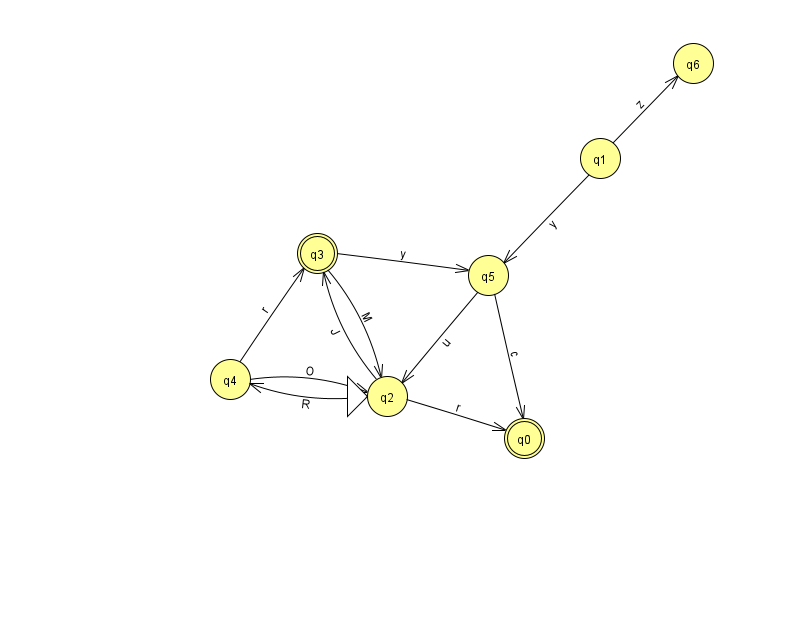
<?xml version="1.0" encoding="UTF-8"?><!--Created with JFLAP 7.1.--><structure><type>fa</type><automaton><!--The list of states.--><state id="0" name="q0"><x>524.0</x><y>425.0</y><final/></state><state id="1" name="q1"><x>600.0</x><y>145.0</y></state><state id="2" name="q2"><x>387.0</x><y>383.0</y><initial/></state><state id="3" name="q3"><x>317.0</x><y>240.0</y><final/></state><state id="4" name="q4"><x>230.0</x><y>366.0</y></state><state id="5" name="q5"><x>488.0</x><y>262.0</y></state><state id="6" name="q6"><x>693.0</x><y>50.0</y></state><!--The list of transitions.--><transition><from>4</from><to>3</to><read>r</read></transition><transition><from>2</from><to>4</to><read>R</read></transition><transition><from>3</from><to>5</to><read>y</read></transition><transition><from>2</from><to>0</to><read>r</read></transition><transition><from>2</from><to>3</to><read>J</read></transition><transition><from>3</from><to>2</to><read>M</read></transition><transition><from>1</from><to>6</to><read>z</read></transition><transition><from>5</from><to>0</to><read>c</read></transition><transition><from>4</from><to>2</to><read>O</read></transition><transition><from>5</from><to>2</to><read>u</read></transition><transition><from>1</from><to>5</to><read>y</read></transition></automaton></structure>